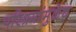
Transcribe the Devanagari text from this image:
परिश्रमांमुळेच